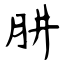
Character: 肼